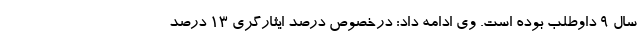
سال ۹ داوطلب بوده است. وی ادامه داد: درخصوص درصد ایثارگری ۱۳ درصد